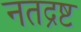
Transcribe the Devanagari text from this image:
नतद्रष्ट